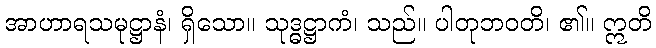
အာဟာရသမုဋ္ဌာနံ၊ ရှိသော။ သုဒ္ဓဋ္ဌာကံ၊ သည်။ ပါတုဘဝတိ၊ ၏။ ဣတိ